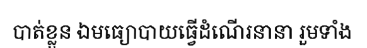
បាត់ខ្លួន ឯមធ្យោបាយធ្វើដំណើរនានា រួមទាំង